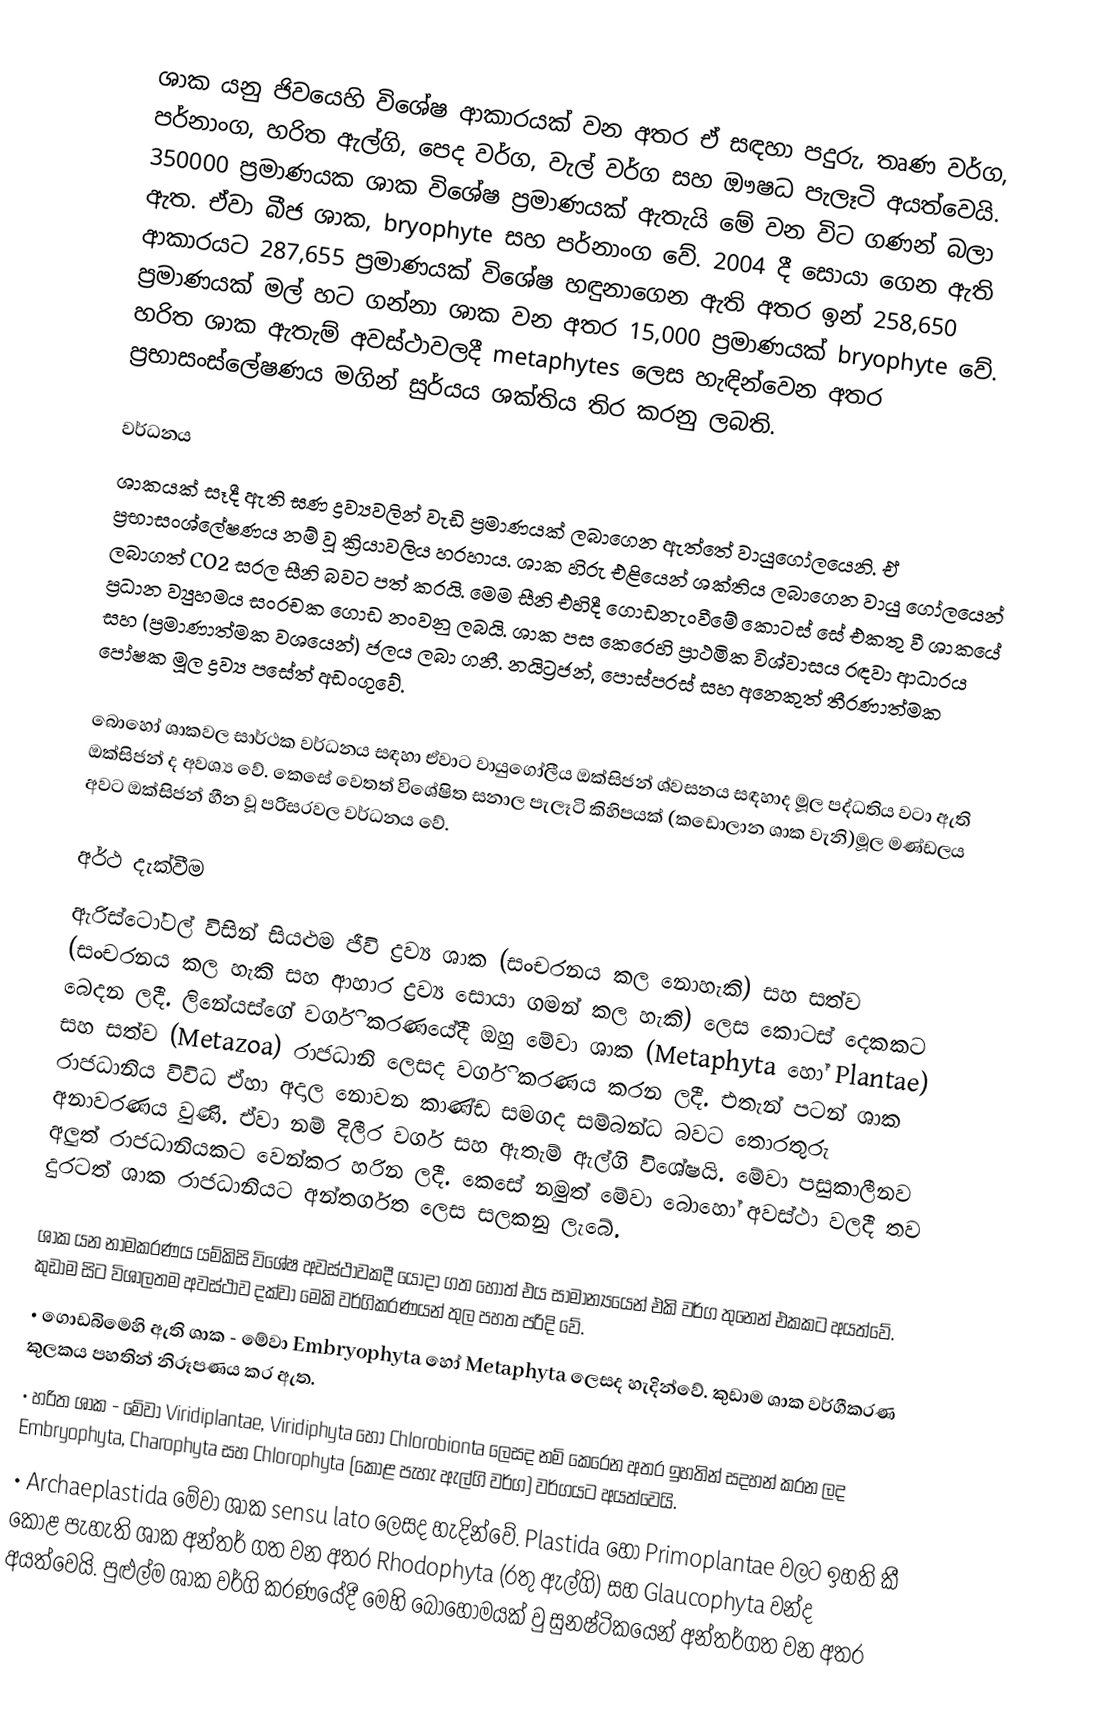
ශාක යනු ජිවයෙහි විශේෂ ආකාරයක් වන අතර ඒ සඳහා පදුරු, තෘණ වර්ග, පර්නාංග, හරිත ඇල්ගි, පෙද වර්ග, වැල් වර්ග සහ ඖෂධ පැලෑටි අයත්වෙයි. 350000 ප්‍රමාණයක ශාක විශේෂ ප්‍රමාණයක් ඇතැයි මේ වන විට ගණන් බලා ඇත. ඒවා බීජ ශාක, bryophyte සහ පර්නාංග වේ. 2004 දී සොයා ගෙන ඇති ආකාරයට 287,655 ප්‍රමාණයක් විශේෂ හඳුනාගෙන ඇති අතර ඉන් 258,650 ප්‍රමාණයක් මල් හට ගන්නා ශාක වන අතර 15,000 ප්‍රමාණයක් bryophyte වේ. හරිත ශාක ඇතැම් අවස්ථාවලදී metaphytes ලෙස හැඳින්වෙන අතර ප්‍රභාසංස්ලේෂණය මගින් සුර්යය ශක්තිය තිර කරනු ලබති.

වර්ධනය
ශාකයක් සෑදී ඇති ඝණ ද්‍රව්‍යවලින් වැඩි ප්‍රමාණයක් ලබාගෙන ඇත්තේ වායුගෝලයෙනි. ඒ ප්‍රභාසංශ්ලේෂණය නම් වූ ක්‍රියාවලිය හරහාය. ශාක හිරු එළියෙන් ශක්තිය ලබාගෙන වායු ගෝලයෙන් ලබාගත් CO2 සරල සීනි බවට පත් කරයි. මෙම සීනි එහිදී ගොඩනැංවීමේ කොටස් සේ එකතු වී ශාකයේ ප්‍රධාන ව්‍යුහමය සංරචක ගොඩ නංවනු ලබයි. ශාක පස කෙරෙහි ප්‍රාථමික විශ්වාසය රඳවා ආධාරය සහ (ප්‍රමාණාත්මක වශයෙන්) ජලය ලබා ගනී. නයිට්‍රජන්, පොස්පරස් සහ අනෙකුත් තීරණාත්මක පෝෂක මූල ද්‍රව්‍ය පසේත් අඩංගුවේ.

බොහෝ ශාකවල සාර්ථක වර්ධනය සඳහා ඒවාට වායුගෝලීය ඔක්සිජන් ශ්වසනය සඳහාද මූල පද්ධතිය වටා ඇති ඔක්සිජන් ද අවශ්‍ය වේ. කෙසේ වෙතත් විශේෂිත සනාල පැලෑටි කිහිපයක් (කඩොලාන ශාක වැනි)මූල මණ්ඩලය අවට ඔක්සිජන් හීන වූ පරිසරවල වර්ධනය වේ.

අර්ථ දැක්වීම
ඇරිස්ටෝටල් විසින් සියළුම ජීවි ද්‍රව්‍ය ශාක (සංචරනය කල නොහැකි) සහ සත්ව (සංචරනය කල හැකි සහ ආහාර ද්‍රව්‍ය සොයා ගමන් කල හැකි) ලෙස කොටස් දෙකකට බෙදන ලදී. ලිනේයස්ගේ වර්ගි කරණයේදී ඔහු මේවා ශාක (Metaphyta හෝ Plantae) සහ සත්ව (Metazoa) රාජධානි ලෙසද වර්ගි කරණය කරන ලදී. එතැන් පටන් ශාක රාජධානිය විවිධ ඒහා අදාල නොවන කාණ්ඩ සමගද සම්බන්ධ බවට තොරතුරු අනාවරණය වුණි. ඒවා නම් දිලීර වර්ග සහ ඇතැම් ඇල්ගි විශේෂයි. මේවා පසුකාලීනව අලුත් රාජධානියකට වෙන්කර හරින ලදී. කෙසේ නමුත් මේවා බොහෝ අවස්ථා වලදී තව දුරටත් ශාක රාජධානියට අන්තර්ගත ලෙස සලකනු ලැබේ.

ශාක යන නාමකරණය යම්කිසි විශේෂ අවස්ථාවකදී යොදා ගත හොත් එය සාමාන්‍යයෙන් එකි වර්ග තුනෙන් එකකට අයත්වේ. කුඩාම සිට විශාලතම අවස්ථාව දක්වා මෙකි වර්ගිකරණයන් තුල පහත පරිදි වේ.
•	ගොඩබිමෙහි ඇති ශාක -  මේවා Embryophyta හෝ Metaphyta ලෙසද හැදින්වේ. කුඩාම ශාක වර්ගීකරණ කුලකය  පහතින් නිරූපණය කර ඇත.
•	හරිත ශාක - මේවා Viridiplantae, Viridiphyta හෝ Chlorobionta ලෙසද නම් කෙරෙන අතර ඉහතින් සදහන් කරන ලද Embryophyta, Charophyta සහ Chlorophyta (කොළ පැහැ ඇල්ගි වර්ග) වර්ගයට අයත්වෙයි.
•	Archaeplastida මේවා ශාක sensu lato ලෙසද හැදින්වේ. Plastida හෝ Primoplantae වලට ඉහති කී කොළ පැහැති ශාක අන්තර් ගත වන අතර Rhodophyta (රතු ඇල්ගි) සහ Glaucophyta වන්ද අයත්වෙයි. පුළුල්ම ශාක වර්ගි කරණයේදී මෙහි බොහෝමයක් වු සුනෂ්ටිකයෙන් අන්තර්ගත වන අතර